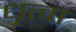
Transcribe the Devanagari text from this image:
धृत्वा